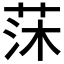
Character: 莯